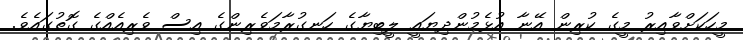
މީހަކަށްވާއިރު މީގެ ކުރިން އޭނާ އުޅެމުންދިޔައީ ލީބިޔާގެ ހަނގުރާމަވެރިންގެ އިސް ވެރިއެއްގެ ގޮތުގައެވެ.